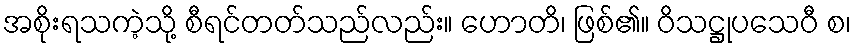
အစိုးရသကဲ့သို့ စီရင်တတ်သည်လည်း။ ဟောတိ၊ ဖြစ်၏။ ဝိသဋ္ဌုပသေဝီ စ၊